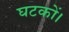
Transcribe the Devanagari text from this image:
घटकों।